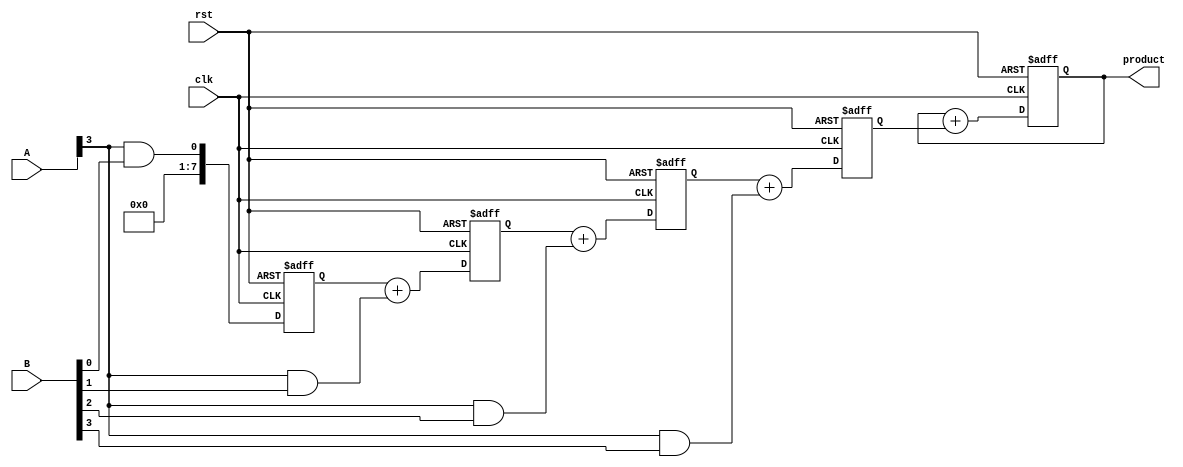
module systolic_multiplier #(parameter WIDTH_A = 4, WIDTH_B = 4)(
    input clk,
    input rst,
    input [WIDTH_A-1:0] A,
    input [WIDTH_B-1:0] B,
    output reg [WIDTH_A + WIDTH_B - 1:0] product
);

    // Processing Elements (PEs)
    reg [WIDTH_A + WIDTH_B - 1:0] partial_products[0:WIDTH_A-1][0:WIDTH_B-1];
    reg [WIDTH_A + WIDTH_B - 1:0] sum[0:WIDTH_A-1];

    integer i, j;

    // Initialize the product
    always @(posedge clk or posedge rst) begin
        if (rst) begin
            product <= 0;
            // Clear partial products
            for (i = 0; i < WIDTH_A; i = i + 1) begin
                for (j = 0; j < WIDTH_B; j = j + 1) begin
                    partial_products[i][j] <= 0;
                end
            end
        end else begin
            // Generate partial products
            for (i = 0; i < WIDTH_A; i = i + 1) begin
                for (j = 0; j < WIDTH_B; j = j + 1) begin
                    if (j == 0) begin
                        partial_products[i][j] <= A[i] & B[j];
                    end else begin
                        partial_products[i][j] <= partial_products[i][j-1] + (A[i] & B[j]);
                    end
                end
            end
            
            // Accumulate partial products
            product <= 0;
            for (i = 0; i < WIDTH_A; i = i + 1) begin
                for (j = 0; j < WIDTH_B; j = j + 1) begin
                    product <= product + partial_products[i][j];
                end
            end
        end
    end

endmodule